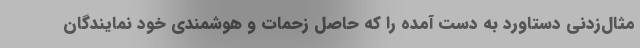
مثال‌زدنی دستاورد به دست آمده را که حاصل زحمات و هوشمندی خود نمایندگان